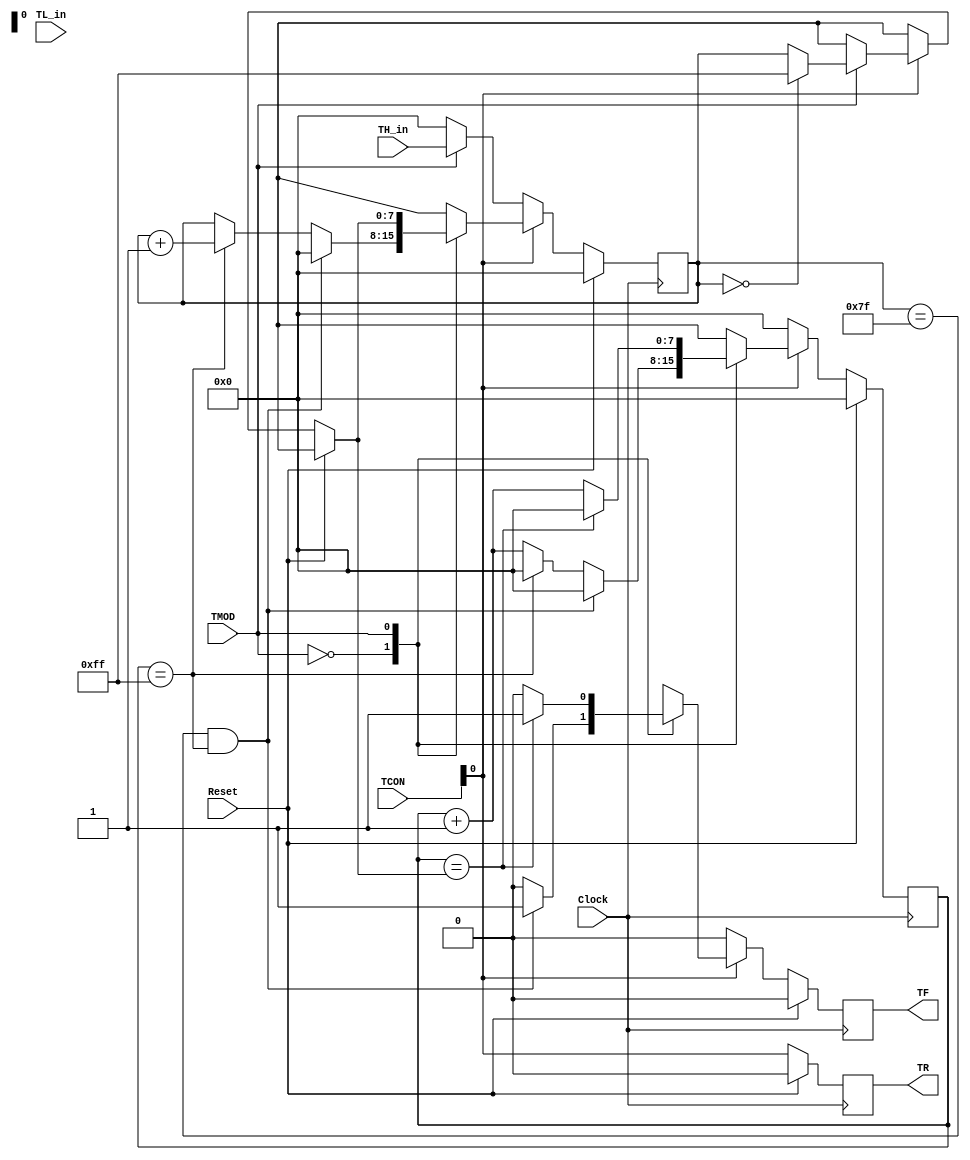
`timescale 1ns / 1ps

module timer(Clock,Reset,TCON,TMOD,TL_in,TH_in,TF,TR);

input Clock,Reset;

input[7:0] TL_in,TH_in;
output TF,TR;

input wire [1:0] TCON;
input wire TMOD;
reg[7:0] TL, TH;
reg TF,TR;
  
initial
    begin
        TL = 0;
        TR = 0;
        TF = 0;
        TR = 0;
    end

always@(posedge Clock)
begin
    TR = TCON[0];    
    if(Reset)
        begin
            TL = 0;
            TH = 0;
            TF = 0;
            TR = 0;
        end
    else
        if(!TR)
            begin
                TL = TL_in;
                              
                if(!TMOD)
                    begin
                    TH = 0;
                    end
                else
                    begin
                    TH = TH_in;
                    end
                TL = 0;
                TF = 0;
            end
        else 
            begin
                case(TMOD)
                    1'b0:
                        begin
                            if(TH == 8'b1111111 && TL == 8'b11111111)
                                begin
                                    TL = 0;
                                    TH = 0;
                                    TF = 1;          
                                end
                            else 
                                begin
                                    if(TL == 8'b11111111)
                                    begin
                                        TL = 0;
                                        TH = TH + 1;
                                        TF = 0;
                                    end
                                    else
                                    begin
                                        TL = TL + 1;
                                        TF = 0;
                                    end
                                end
                        end     
                    1'b1:
                        begin
                            if(TH == 8'b00000000)
                                begin
                                    TH = 8'b11111111;
                                end
                            if(TL == TH)
                                begin
                                    TL = 0;
                                    TF = 1;          
                                end
                            else
                                begin
                                    TL = TL + 1;
                                    TF = 0;
                                end 
                        end  
                    default:
                        begin
                        end
                endcase    
            end             
end
endmodule